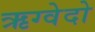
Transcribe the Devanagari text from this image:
ऋग्वेदो